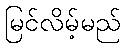
မြင်လိမ့်မည်